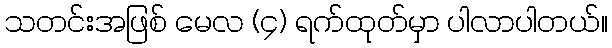
သတင်းအဖြစ် မေလ (၄) ရက်ထုတ်မှာ ပါလာပါတယ်။